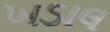
ખડાલ